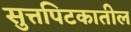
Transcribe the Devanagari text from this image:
सुत्तपिटकातील